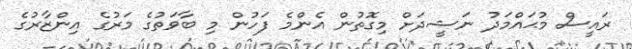
ރައީސް މުޙައްމަދު ނަޝީދަށް މިގޮތުން އެންމެ ފަހުން މި ބާވަތުގެ މަރުގެ އިންޒާރުގެ